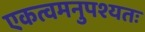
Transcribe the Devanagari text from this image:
एकत्वमनुपश्यतः